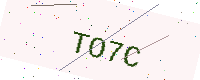
Text: TO7C